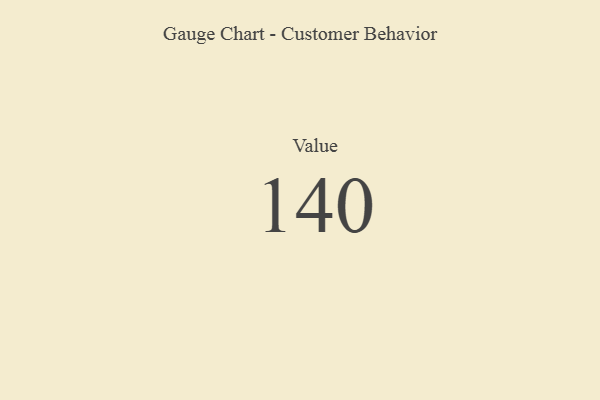
{"axis": {"x": "Metric", "y": "Value"}, "legend": [""], "data": [{"x": "Value", "y": 140, "type": ""}]}